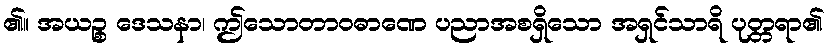
၏။ အယဉ္စ ဒေသနာ၊ ဤသောတာဝဓာဏေ ပညာအစရှိသော အရှင်သာရိ ပုတ္တရာ၏